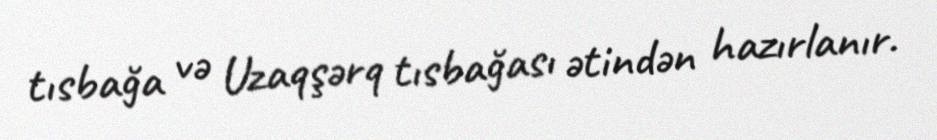
tısbağa və Uzaqşərq tısbağası ətindən hazırlanır.